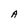
Character: A